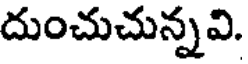
దుంచుచున్నవి.